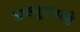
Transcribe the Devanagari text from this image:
डब्ल्यूएमओ